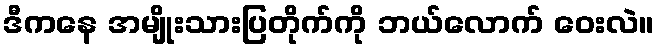
ဒီကနေ အမျိုးသားပြတိုက်ကို ဘယ်လောက် ဝေးလဲ။